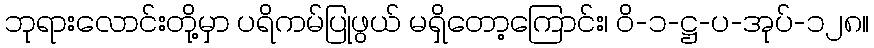
ဘုရားလောင်းတို့မှာ ပရိကမ်ပြုဖွယ် မရှိတော့ကြောင်း၊ ဝိ-၁-ဋ္ဌ-ပ-အုပ်-၁၂၈။